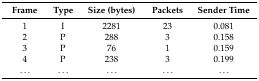
| Frame | Type | Size (bytes) | Packets | Sender Time |
 | --- | --- | --- | --- | --- |
 | 1 | I | 2281 | 23 | 0.081 |
 | 2 | P | 288 | 3 | 0.158 |
 | 3 | P | 76 | 1 | 0.159 |
 | 4 | P | 238 | 3 | 0.199 |
 | ... | ... | ... | ... | ... |